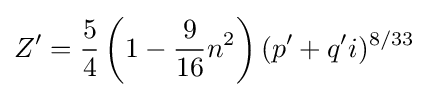
Z'={\frac {5}{4}}\left(1-{\frac {9}{16}}n^{2}\right)(p'+q'i)^{8/33}